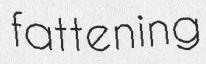
fattening